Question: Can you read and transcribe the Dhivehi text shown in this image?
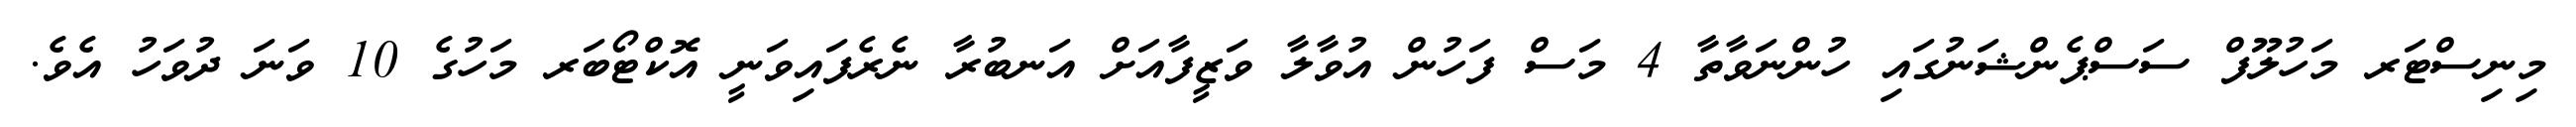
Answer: މިނިސްޓަރ މަހުލޫފް ސަސްޕެންޝަނުގައި ހުންނަވާތާ 4 މަސް ފަހުން އުވާލާ ވަޒީފާއަށް އަނބުރާ ނެރެފައިވަނީ އޮކްޓޯބަރ މަހުގެ 10 ވަނަ ދުވަހު އެވެ.